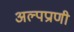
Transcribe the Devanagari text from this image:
अल्पप्राणी